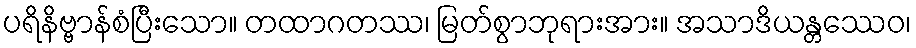
ပရိနိဗ္ဗာန်စံပြီးသော။ တထာဂတဿ၊ မြတ်စွာဘုရားအား။ အသာဒိယန္တဿေဝ၊